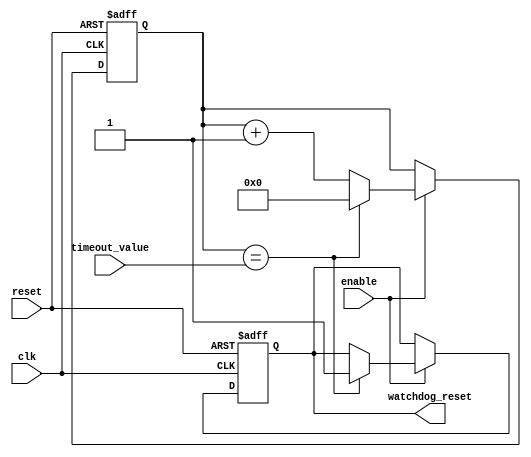
module watchdog_timer (
    input wire clk,
    input wire reset,
    input wire enable,
    input wire [7:0] timeout_value,
    output reg watchdog_reset
);

reg [7:0] counter;

always @(posedge clk or posedge reset) begin
    if (reset) begin
        counter <= 8'h00;
        watchdog_reset <= 1'b0;
    end
    else if (enable) begin
        counter <= counter + 1;
        if (counter == timeout_value) begin
            watchdog_reset <= 1'b1;
            counter <= 8'h00;
        end
    end
end

endmodule